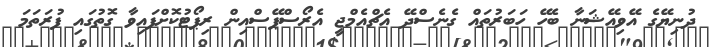
ދުނިޔޭގެ އޭވިއޭޝަނާ ބެހޭ ހަބަރުތައް ގެނެސްދޭ އެޗްއެމްޖީ އެރޯސްޕޭސްއިން ރިޕޯޓުކޮށްފައިވާ ގޮތުގައި ފުރަތަމަ